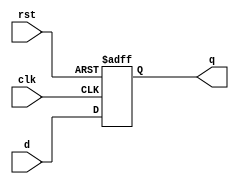
`timescale 1ns / 1ps
//////////////////////////////////////////////////////////////////////////////////
// Company: 
// Engineer: 
// 
// Design Name: 
// Module Name: dff_Pe_Lr
// Project Name: 
// Target Devices: 
// Tool Versions: 
// Description: 
// 
// Dependencies: 
// 
// Revision:
// Revision 0.01 - File Created
// Additional Comments:
// 
//////////////////////////////////////////////////////////////////////////////////


module dff_Pe_Lr(q,d,clk,rst);
input d,clk,rst;
output reg q;

always @(posedge clk or negedge rst)
if (!rst) q <= 1'b0;
else if (clk) q <= d;
endmodule